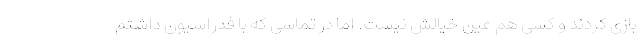
بازی کردند و کسی هم عین خیالش نیست. اما در تماسی که با فدراسیون داشتم